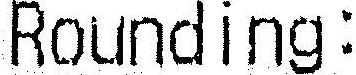
ROUNDING: